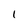
Character: 1